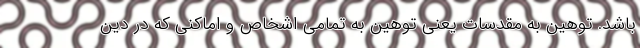
باشد. توهین به مقدسات یعنی توهین به تمامی اشخاص و اماکنی که در دین